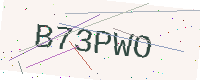
Text: B73PWO